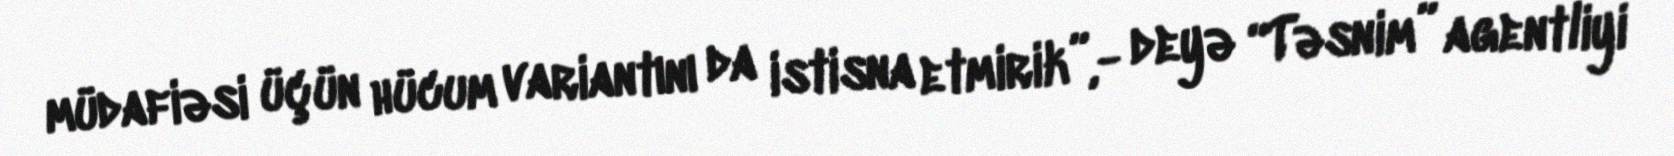
müdafiəsi üçün hücum variantını da istisna etmirik”,- deyə “Təsnim” agentliyi